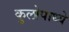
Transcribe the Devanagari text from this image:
कुलोपाध्ये